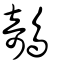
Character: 鵸